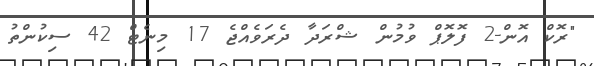
"ރޮކް އޮން-2 ފޮލޮޕް ވުމުން ޝްރަދާ ދެރަވެއްޖެ 17 މިނެޓް 42 ސިކުންތު